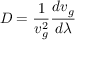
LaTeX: D = { \frac { 1 } { v _ { g } ^ { 2 } } } { \frac { d v _ { g } } { d \lambda } }